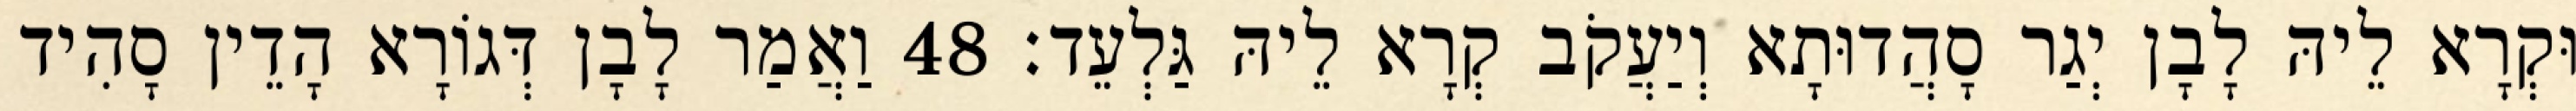
וּקְרָא לֵיהּ לָבָן יְגַר סָהֲדוּתָא וְיַעֲקֹב קְרָא לֵיהּ גַּלְעֵד׃ 48 וַאֲמַר לָבָן דְּגוֹרָא הָדֵין סָהִיד